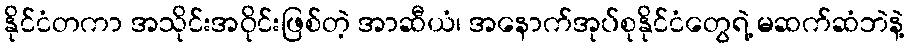
နိုင်ငံတကာ အသိုင်းအဝိုင်းဖြစ်တဲ့ အာဆီယံ၊ အနောက်အုပ်စုနိုင်ငံတွေရဲ့ မဆက်ဆံဘဲနဲ့